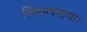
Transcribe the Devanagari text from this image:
मिशनबनाया।